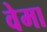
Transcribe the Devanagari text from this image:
वेमा